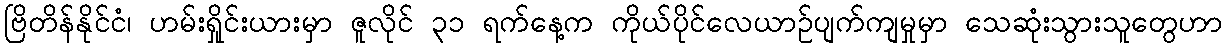
ဗြိတိန်နိုင်ငံ၊ ဟမ်းရှိုင်းယားမှာ ဇူလိုင် ၃၁ ရက်နေ့က ကိုယ်ပိုင်လေယာဉ်ပျက်ကျမှုမှာ သေဆုံးသွားသူတွေဟာ